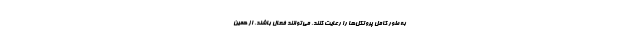
به طور کامل پروتکل‌ها را رعایت کنند، می‌توانند فعال باشند. از همین